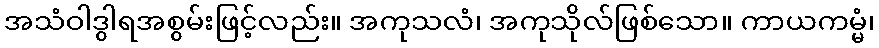
အသံဝါဒွါရအစွမ်းဖြင့်လည်း။ အကုသလံ၊ အကုသိုလ်ဖြစ်သော။ ကာယကမ္မံ၊